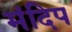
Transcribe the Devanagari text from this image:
मंदिप